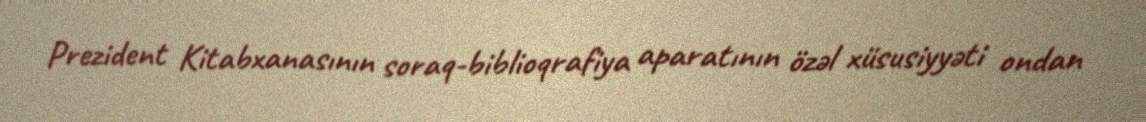
Prezident Kitabxanasının soraq-biblioqrafiya aparatının özəl xüsusiyyəti ondan